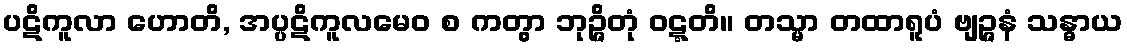
ပဋိကူလာ ဟောတိ, အပ္ပဋိကူလမေဝ စ ကတွာ ဘုဉ္ဇိတုံ ဝဋ္ဋတိ။ တသ္မာ တထာရူပံ ဗျဉ္ဇနံ သန္ဓာယ